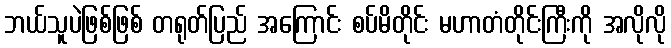
ဘယ်သူပဲဖြစ်ဖြစ် တရုတ်ပြည် အကြောင်း စပ်မိတိုင်း မဟာတံတိုင်းကြီးကို အလိုလို